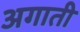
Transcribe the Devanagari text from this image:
अगाती